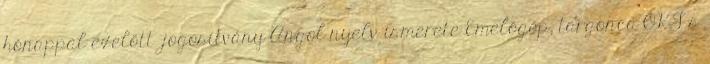
hónappal ezelőtt .jogosítvány Angol nyelv ismerete Emelőgép, targonca OKJ-s